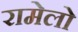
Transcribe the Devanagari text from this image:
रामेलो